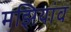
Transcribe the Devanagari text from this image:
मझियांव